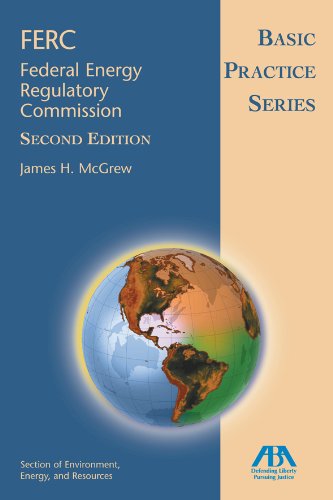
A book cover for Basic Practice Series: FERC (Federal Energy Regulatory Committee); James H. McGrew; Law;